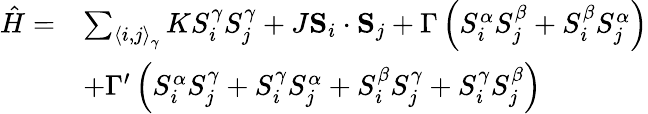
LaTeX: \begin{array}{rl}{\hat{H}=}&{\sum_{\left\langle i,j\right\rangle_{\gamma}}KS_{i}^{\gamma}S_{j}^{\gamma}+J\mathbf{S}_{i}\cdot\mathbf{S}_{j}+\Gamma\left(S_{i}^{\alpha}S_{j}^{\beta}+S_{i}^{\beta}S_{j}^{\alpha}\right)}\\ &{+\Gamma^{\prime}\left(S_{i}^{\alpha}S_{j}^{\gamma}+S_{i}^{\gamma}S_{j}^{\alpha}+S_{i}^{\beta}S_{j}^{\gamma}+S_{i}^{\gamma}S_{j}^{\beta}\right)}\end{array}